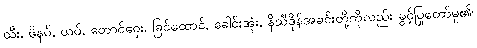
ထီး, ဖိနပ်, ယပ်, တောင်ဝှေး, ခြင်ထောင်, ခေါင်းအုံး, နိသီဒိုန်အခင်းတို့ကိုလည်း ခွင့်ပြုတော်မူ၏၊